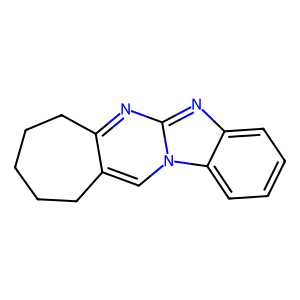
SMILES: c1ccc2c(c1)nc1nc3c(cn12)CCCCC3
Inhibits HIV replication: No